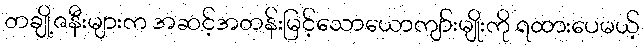
တချို့ဇနီးများက အဆင့်အတန်းမြင့်သောယောကျာ်းမျိုးကို ရထားပေမယ့်